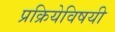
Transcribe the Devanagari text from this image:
प्रक्रियेविषयी